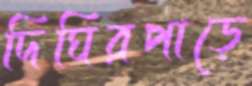
দিঘিরপাড়ে